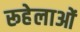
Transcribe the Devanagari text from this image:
रूहेलाओं